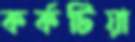
কর্কটিয়া